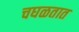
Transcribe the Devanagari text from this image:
चघळतात